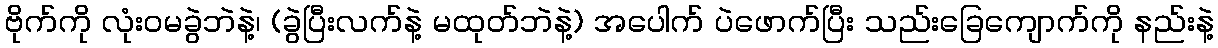
ဗိုက်ကို လုံးဝမခွဲဘဲနဲ့၊ (ခွဲပြီးလက်နဲ့ မထုတ်ဘဲနဲ့) အပေါက် ပဲဖောက်ပြီး သည်းခြေကျောက်ကို နည်းနဲ့